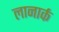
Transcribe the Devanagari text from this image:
लानार्क